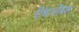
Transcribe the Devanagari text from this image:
रीचार्जेबल